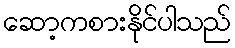
ဆော့ကစားနိုင်ပါသည်